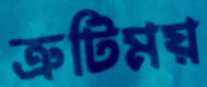
ত্রুটিময়